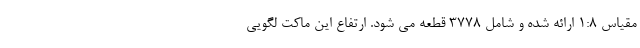
مقیاس 1:8 ارائه شده و شامل 3778 قطعه می شود. ارتفاع این ماکت لگویی